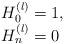
LaTeX: \begin{align*} \begin{array}{l} H_0^{(l)}=1,\\ H_n^{(l)}=0 \ \ \end{array} \end{align*}